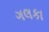
ગલકા